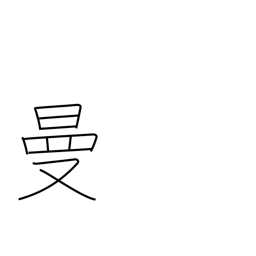
Meaning: wide